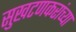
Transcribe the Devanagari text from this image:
सुखटणकरांच्या